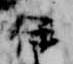
伴